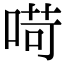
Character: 𠶾